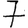
Digit: 7